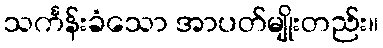
သင်္ကန်းခံသော အာပတ်မျိုးတည်း။